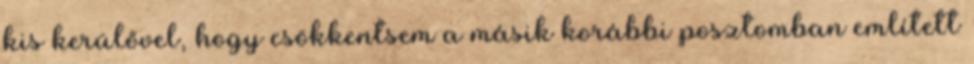
kis kerülővel, hogy csökkentsem a másik korábbi posztomban említett